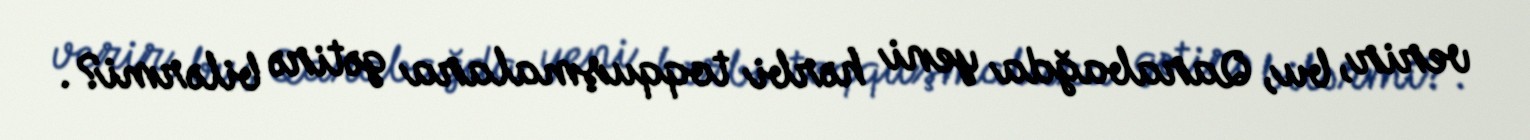
verir, bu, Qarabağda yeni hərbi toqquşmalara gətirə bilərmi?.